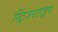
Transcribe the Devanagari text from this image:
स्ट्रिंजरटाइप